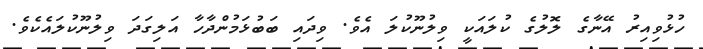
ހުޅުވިއިރު އޭނާގެ ލޮލުގެ ކުލައަކީ ވިލުނޫކުލަ އެވެ. ވިދައި ބަބުޅަމުންދާހާ އަލިގަދަ ވިލުނޫކުލައެކެވެ.